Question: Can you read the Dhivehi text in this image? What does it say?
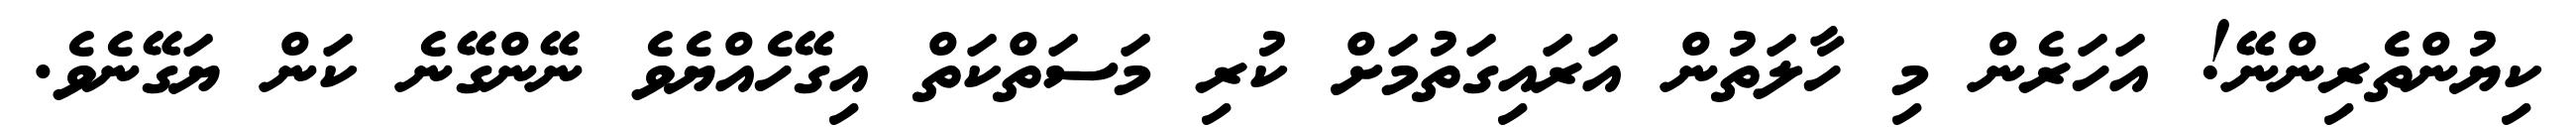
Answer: ކިޔުންތެރިންނޭ! އަހަރެން މި ހާލަތުން އަރައިގަތުމަށް ކުރި މަސަތްކަތް އިގޭހެއްޔެވެ ނޭންގޭނެ ކަން ޔަގޭނެވެ.